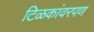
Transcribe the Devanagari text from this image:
टिळकांवरपण